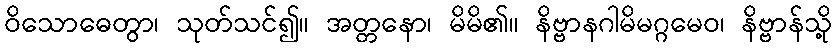
ဝိသောဓေတွာ၊ သုတ်သင်၍။ အတ္တနော၊ မိမိ၏။ နိဗ္ဗာနဂါမိမဂ္ဂမေဝ၊ နိဗ္ဗာန်သို့